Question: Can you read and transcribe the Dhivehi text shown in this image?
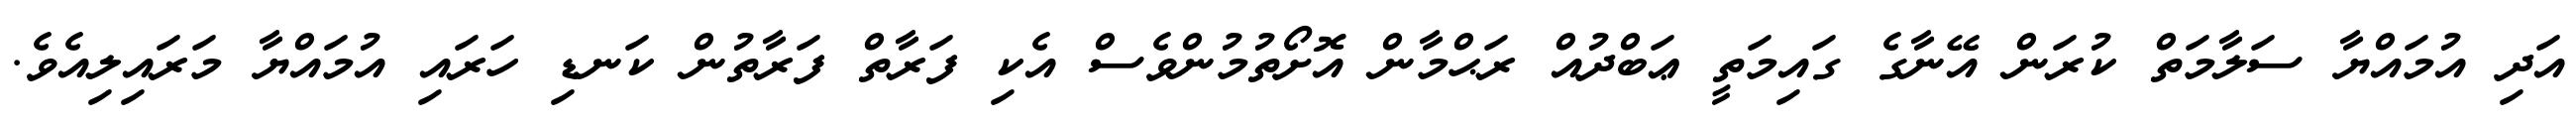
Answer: އަދި އުމައްޔާ ސަލާމަތް ކުރަން އޭނާގެ ގައިމަތީ ޢަބްދުއް ރަޙްމާން އޮށޯތުމުންވެސް އެކި ފަރާތް ފަރާތުން ކަނޑި ހަރައި އުމައްޔާ މަރައިލިއެވެ.